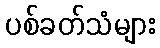
ပစ်ခတ်သံများ